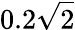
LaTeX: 0.2\sqrt{2}